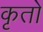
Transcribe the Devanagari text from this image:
कृतो